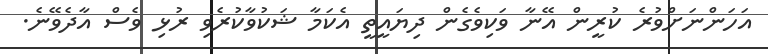
އަހަންނަށްވުރެ ކުރީން އޭނާ ވަކިވެގެން ދިޔައީތީ އެކަމާ ޝަކުވާކުރެވި ރުޅި ވެސް އާދެވޭނެ.